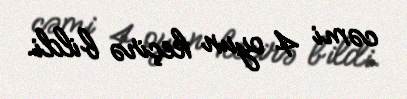
cəmi 4 oyun keçirə bildi.